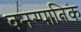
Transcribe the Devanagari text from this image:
वनस्पातिक